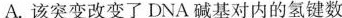
A.该突变改变了DNA碱基对内的氢键数